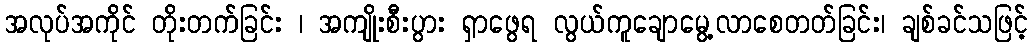
အလုပ်အကိုင် တိုးတက်ခြင်း ၊ အကျိုးစီးပွား ရှာဖွေရ လွယ်ကူချောမွေ့လာစေတတ်ခြင်း၊ ချစ်ခင်သဖြင့်